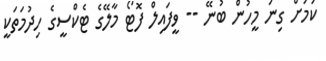
ކަމަށް ގިނަ މީހުން ބުނޭ -- ވީފައިލް ފޮޓޯ މާލޭގެ ޓެކްސީގެ ހިދުމަތަކީ